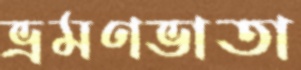
ভ্রমণভাতা